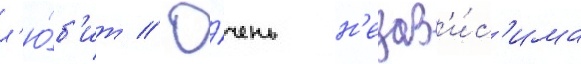
л'ю́б'ит // О́чень н'езав'и́с'има